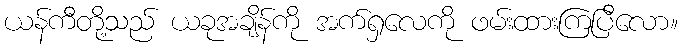
ယန်ကီတို့သည် ယခုအချိန်ကို အက်ရှလေကို ဖမ်းထားကြပြီလော။